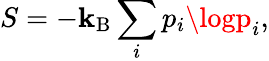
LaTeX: S=-\mathbf{k}_{\mathrm{{B}}}\sum_{i}p_{i}\logp_{i},